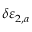
\delta \varepsilon _ { 2 , a }